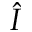
\hat { I }